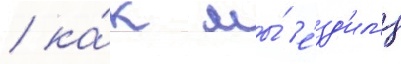
/ ка́к мы́ е́зд'ил'и